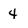
Character: 4